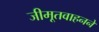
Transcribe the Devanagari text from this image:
जीमूतवाहनने